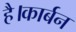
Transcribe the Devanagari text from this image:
है।कार्बन